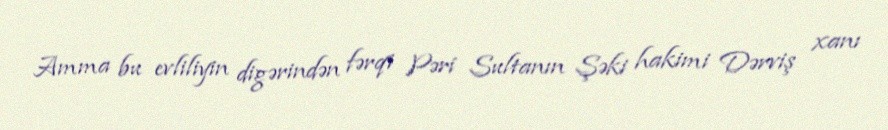
Amma bu evliliyin digərindən fərqi Pəri Sultanın Şəki hakimi Dərviş xanı